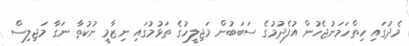
މެދުގައި ހިތްހަމަނުޖެހުން އުފެދުމުގެ ސަބަބުން މަޖިލީހުގެ ތަޅުމުގައި ނިޒާމީ ނުކުތާ ނަގާ މަޖިލިސް